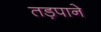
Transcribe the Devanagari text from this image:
तड़पाने